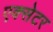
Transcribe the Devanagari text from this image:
एक्‍सेटर